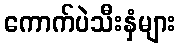
ကောက်ပဲသီးနှံများ